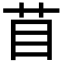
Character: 苜